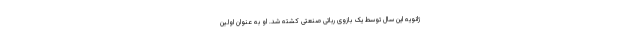
ژانویه این سال توسط یک بازوی رباتی صنعتی کشته شد. او به عنوان اولین